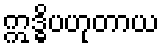
ဣဒ္ဓိပဟုတာယ